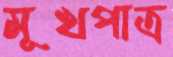
মূখপাত্র